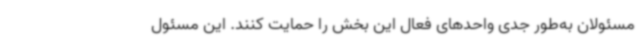
مسئولان به‌طور جدی واحدهای فعال این بخش را حمایت کنند. این مسئول